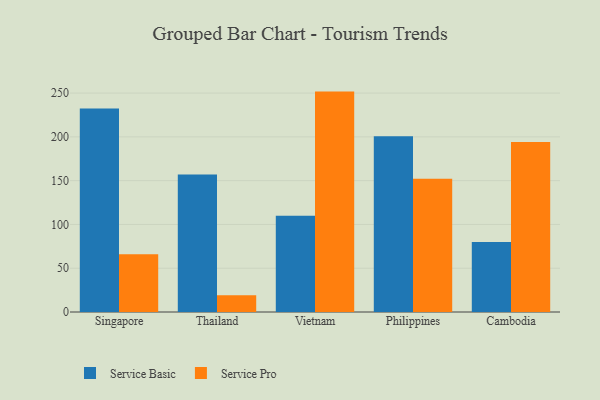
{"axis": {"x": "Country", "y": "Inventory Turnover"}, "legend": ["Service Basic", "Service Pro"], "data": [{"x": "Singapore", "y": 232.4, "type": "Service Basic"}, {"x": "Singapore", "y": 65.9, "type": "Service Pro"}, {"x": "Thailand", "y": 157.0, "type": "Service Basic"}, {"x": "Thailand", "y": 19.2, "type": "Service Pro"}, {"x": "Vietnam", "y": 109.8, "type": "Service Basic"}, {"x": "Vietnam", "y": 251.7, "type": "Service Pro"}, {"x": "Philippines", "y": 200.8, "type": "Service Basic"}, {"x": "Philippines", "y": 152.3, "type": "Service Pro"}, {"x": "Cambodia", "y": 79.8, "type": "Service Basic"}, {"x": "Cambodia", "y": 194.1, "type": "Service Pro"}]}